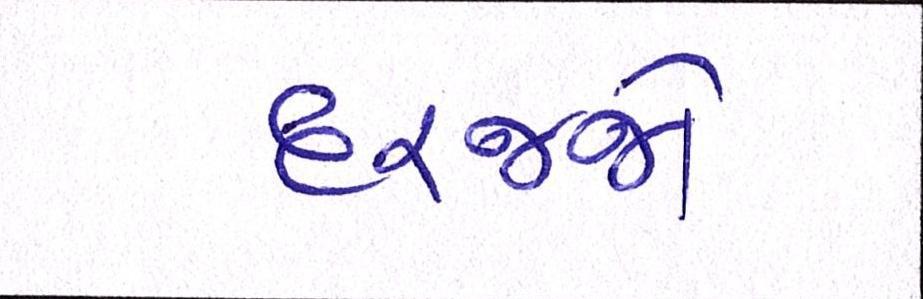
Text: દરજ્જો